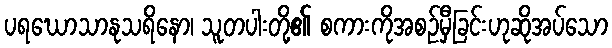
ပရဃောသာနုသရိနော၊ သူတပါးတို့၏ စကားကိုအစဉ်မှီခြင်းဟုဆိုအပ်သော